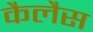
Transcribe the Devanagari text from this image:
कैलैस